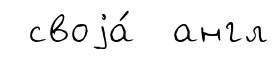
своjа́ англ